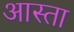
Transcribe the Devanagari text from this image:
आस्ता